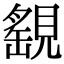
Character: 𧡾